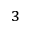
^ 3